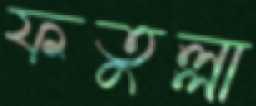
ফতুল্লা